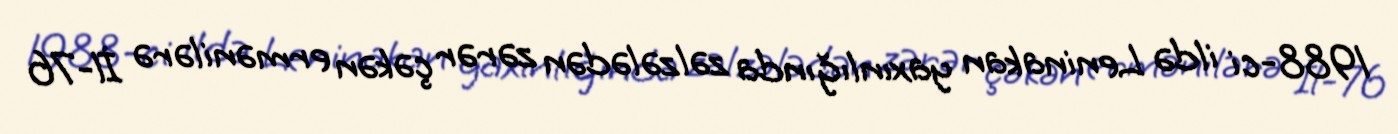
1988-ci ildə Leninakan yaxınlığında zəlzələdən zərər çəkən ermənilərə İl-76